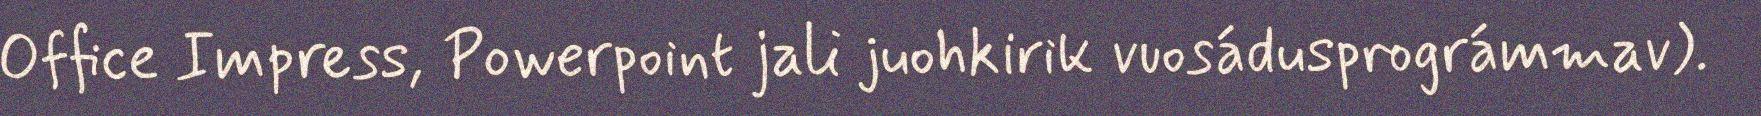
Office Impress, Powerpoint jali juohkirik vuosádusprográmmav).